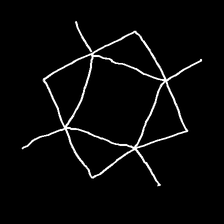
Glyph: light